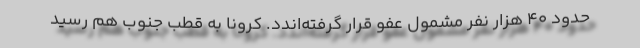
حدود ۴۰ هزار نفر مشمول عفو قرار گرفته‌اندد. کرونا به قطب جنوب هم رسید